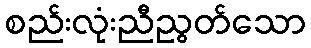
စည်းလုံးညီညွတ်သော